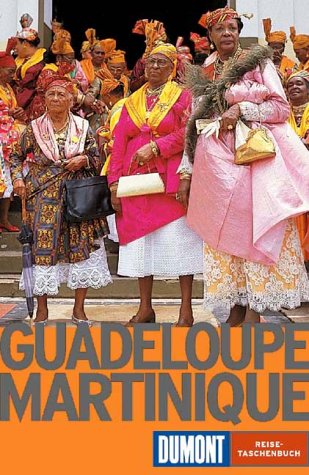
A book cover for Guadaloupe Martinique - German Travel Guide; Dumont Reise-Taschenbuch; Travel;